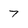
Character: 7